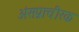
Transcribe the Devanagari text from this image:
अंसप्राचीरक